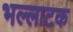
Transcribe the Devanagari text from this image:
भल्लाटक